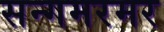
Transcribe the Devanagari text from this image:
सन्गमरमर